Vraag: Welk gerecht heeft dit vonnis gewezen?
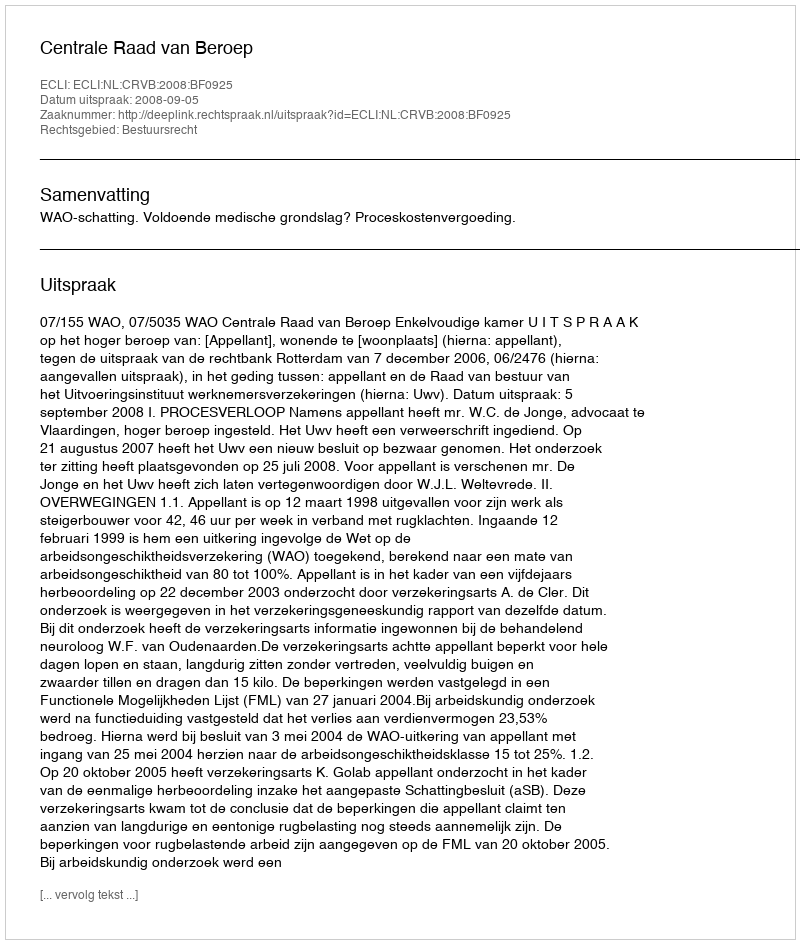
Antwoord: Centrale Raad van Beroep